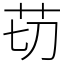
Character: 苆